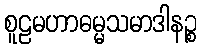
စူဠမဟာဓမ္မသမာဒါနဉ္စ